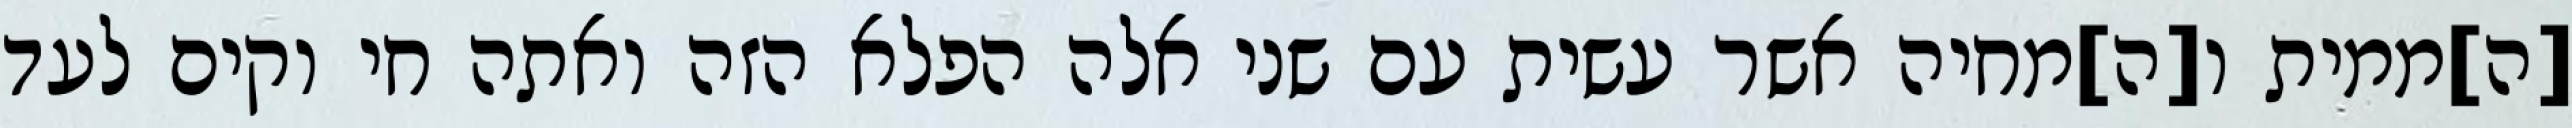
[ה]ממית ו[ה]מחיה אשר עשית עם שני אלה הפלא הזה ואתה חי וקים לעד